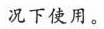
况下使用。